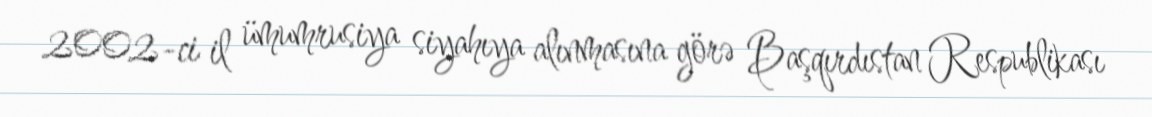
2002-ci il ümumrusiya siyahıya alınmasına görə Başqırdıstan Respublikası